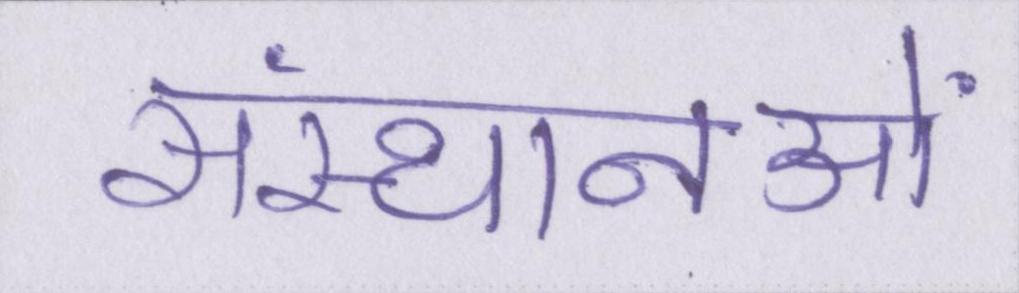
संस्थानओं